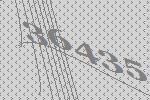
36435